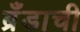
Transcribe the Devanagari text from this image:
ब्रँडाची